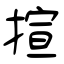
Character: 揎